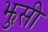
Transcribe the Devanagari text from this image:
झुसी